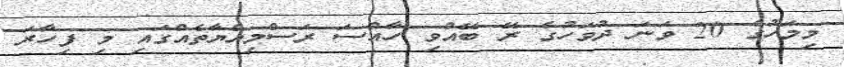
މިމަހުގެ 20 ވަނަ ދުވަހުގެ ރޭ ބޭއްވި ހާއްސަ ރަސްމިއްޔާތެއްގައި މި ފިހާރަ